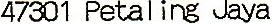
47301 PETALING JAYA